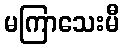
မကြာသေးမီ